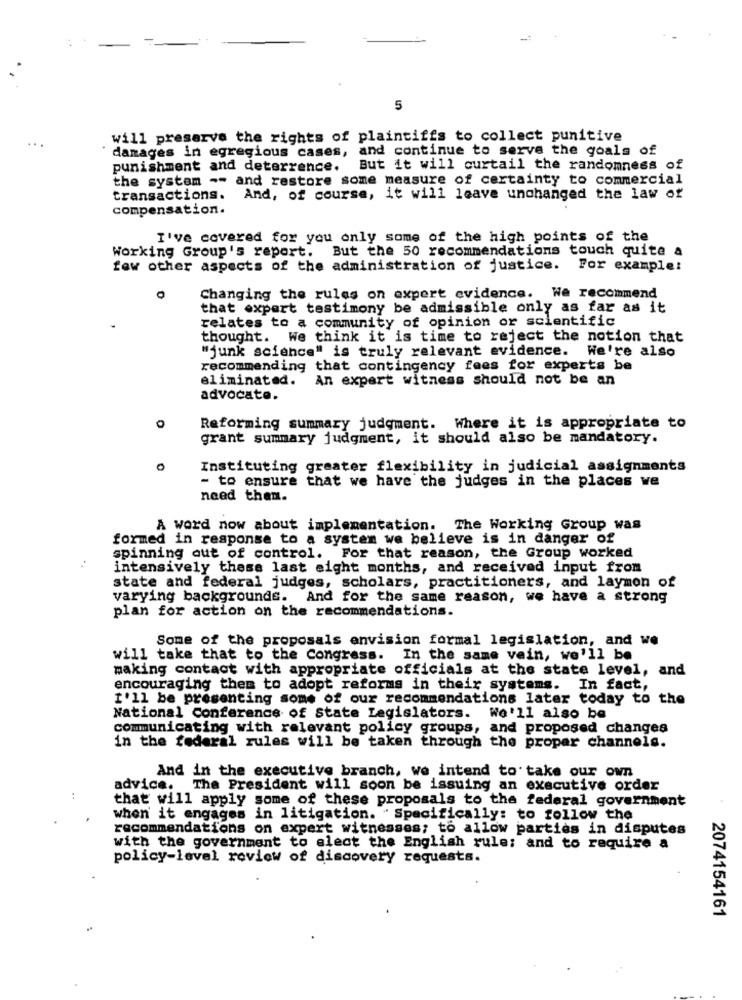
5
will preserve the rights of plaintiffs to collect punitive
damages in egregious cases, and continue to serve the goals of
punishment and deterrence.
But it will curtail the randomness of
the system -- and restore some measure of certainty to commercial
transactions. And, of course, it will leave unchanged the law of
compensation.
I've covered for you only some of the high points of the
Working Group's report. But the 50 recommendations touch quite a
few other aspects of the administration of justice. For example:
Changing the rules on expert evidence. We recommend
that expert testimony be admissible only as far as it
relates to a community of opinion or scientific
thought. We think it is time to reject the notion that
"junk science" is truly relevant evidence. We're also
recommending that contingency fees for experts be
eliminated. An expert witness should not be an
advocate.
Reforming summary judgment. Where it is appropriate to
grant summary judgment, it should also be mandatory.
O
Instituting greater flexibility in judicial assignments
- to ensure that we have the judges in the places we
need them.
A word now about implementation. The Working Group was
formed in response to a system we believe is in danger of
spinning out of control. For that reason, the Group worked
intensively these last eight months, and received input from
state and federal judges, scholars, practitioners, and laymon of
varying backgrounds. And for the same reason, we have a strong
plan for action on the recommendations.
Some of the proposals envision formal legislation, and we
will take that to the Congress. In the same vein, we'll be
making contact with appropriate officials at the state level, and
encouraging them to adopt reforms in their systems. In fact,
I'll be presenting some of our recommendations later today to the
National Conference of State Legislators. We'll also be
communicating with relevant policy groups, and proposed changes
in the federal rules will be taken through the proper channels.
And in the executive branch, we intend to take our own
advice. The President will soon be issuing an executive order
that will apply some of these proposals to the federal government
when it engages in litigation. "Specifically: to follow the
recommendations on expert witnesses; to allow parties in disputes
with the government to elect the English rule: and to require a
policy-level review of discovery requests.
2074154161